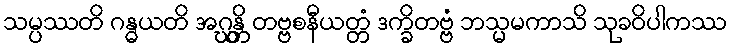
သမ္ပဿတိ ဂန္ဓယတိ အဂ္ဃန္တိ တဗ္ဗစနီယတ္တံ ဒက္ခိတဗ္ဗံ ဘသ္မမကာသိ သုခဝိပါကဿ